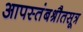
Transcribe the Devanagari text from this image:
आपस्तंबश्रौतसूत्र